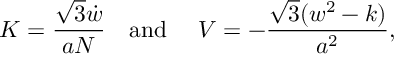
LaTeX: K = \frac { \sqrt 3 \dot { w } } { a N } \quad \mathrm { a n d ~ } \quad V = - \frac { \sqrt 3 ( w ^ { 2 } - k ) } { a ^ { 2 } } ,